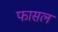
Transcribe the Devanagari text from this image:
फासल